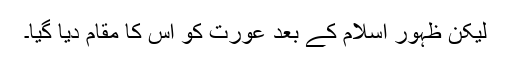
لیکن ظہورِ اسلام کے بعد عورت کو اس کا مقام دیا گیا۔